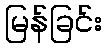
မြန်ခြင်း